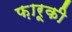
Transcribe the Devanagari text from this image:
फ़ारूकी